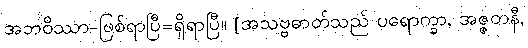
အဘဝိဿာ-ဖြစ်ရာပြီ=ရှိရာပြီ။ [အသဗ္ဗဓာတ်သည် ပရောက္ခာ, အဇ္ဇတနီ,